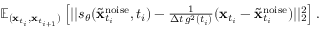
\begin{array} { r } { \mathbb { E } _ { ( \mathbf { x } _ { t _ { i } } , \mathbf { x } _ { t _ { i + 1 } } ) } \left[ | | s _ { \theta } ( \tilde { \mathbf { x } } _ { t _ { i } } ^ { \mathrm { n o i s e } } , t _ { i } ) - \frac { 1 } { \Delta t \, g ^ { 2 } ( t _ { i } ) } ( \mathbf { x } _ { t _ { i } } - \tilde { \mathbf { x } } _ { t _ { i } } ^ { \mathrm { n o i s e } } ) | | _ { 2 } ^ { 2 } \right] . } \end{array}